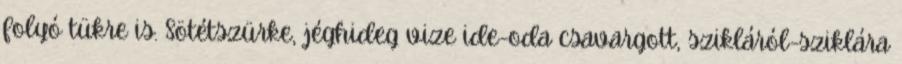
folyó tükre is. Sötétszürke, jéghideg vize ide-oda csavargott, szikláról-sziklára